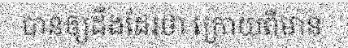
បានឲ្យដឹងដែរថា ក្រោយពីមាន